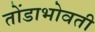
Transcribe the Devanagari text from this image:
तोंडाभोवती